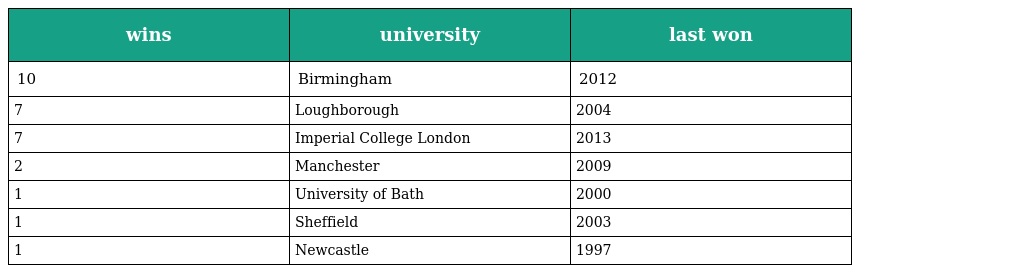
| wins | university | last won |
 | --- | --- | --- |
 | 10 | Birmingham | 2012 |
 | 7 | Loughborough | 2004 |
 | 7 | Imperial College London | 2013 |
 | 2 | Manchester | 2009 |
 | 1 | University of Bath | 2000 |
 | 1 | Sheffield | 2003 |
 | 1 | Newcastle | 1997 |